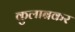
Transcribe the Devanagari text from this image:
कुलाबकर